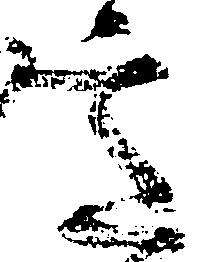
意